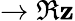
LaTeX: \rightarrow\Re{\mathbf{z}}